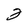
Character: 2